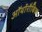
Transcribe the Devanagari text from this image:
ऑर्थोरौबिक